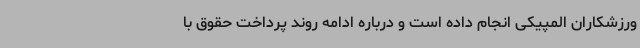
ورزشکاران المپیکی انجام داده است و درباره ادامه روند پرداخت حقوق با